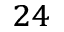
^ { 2 4 }